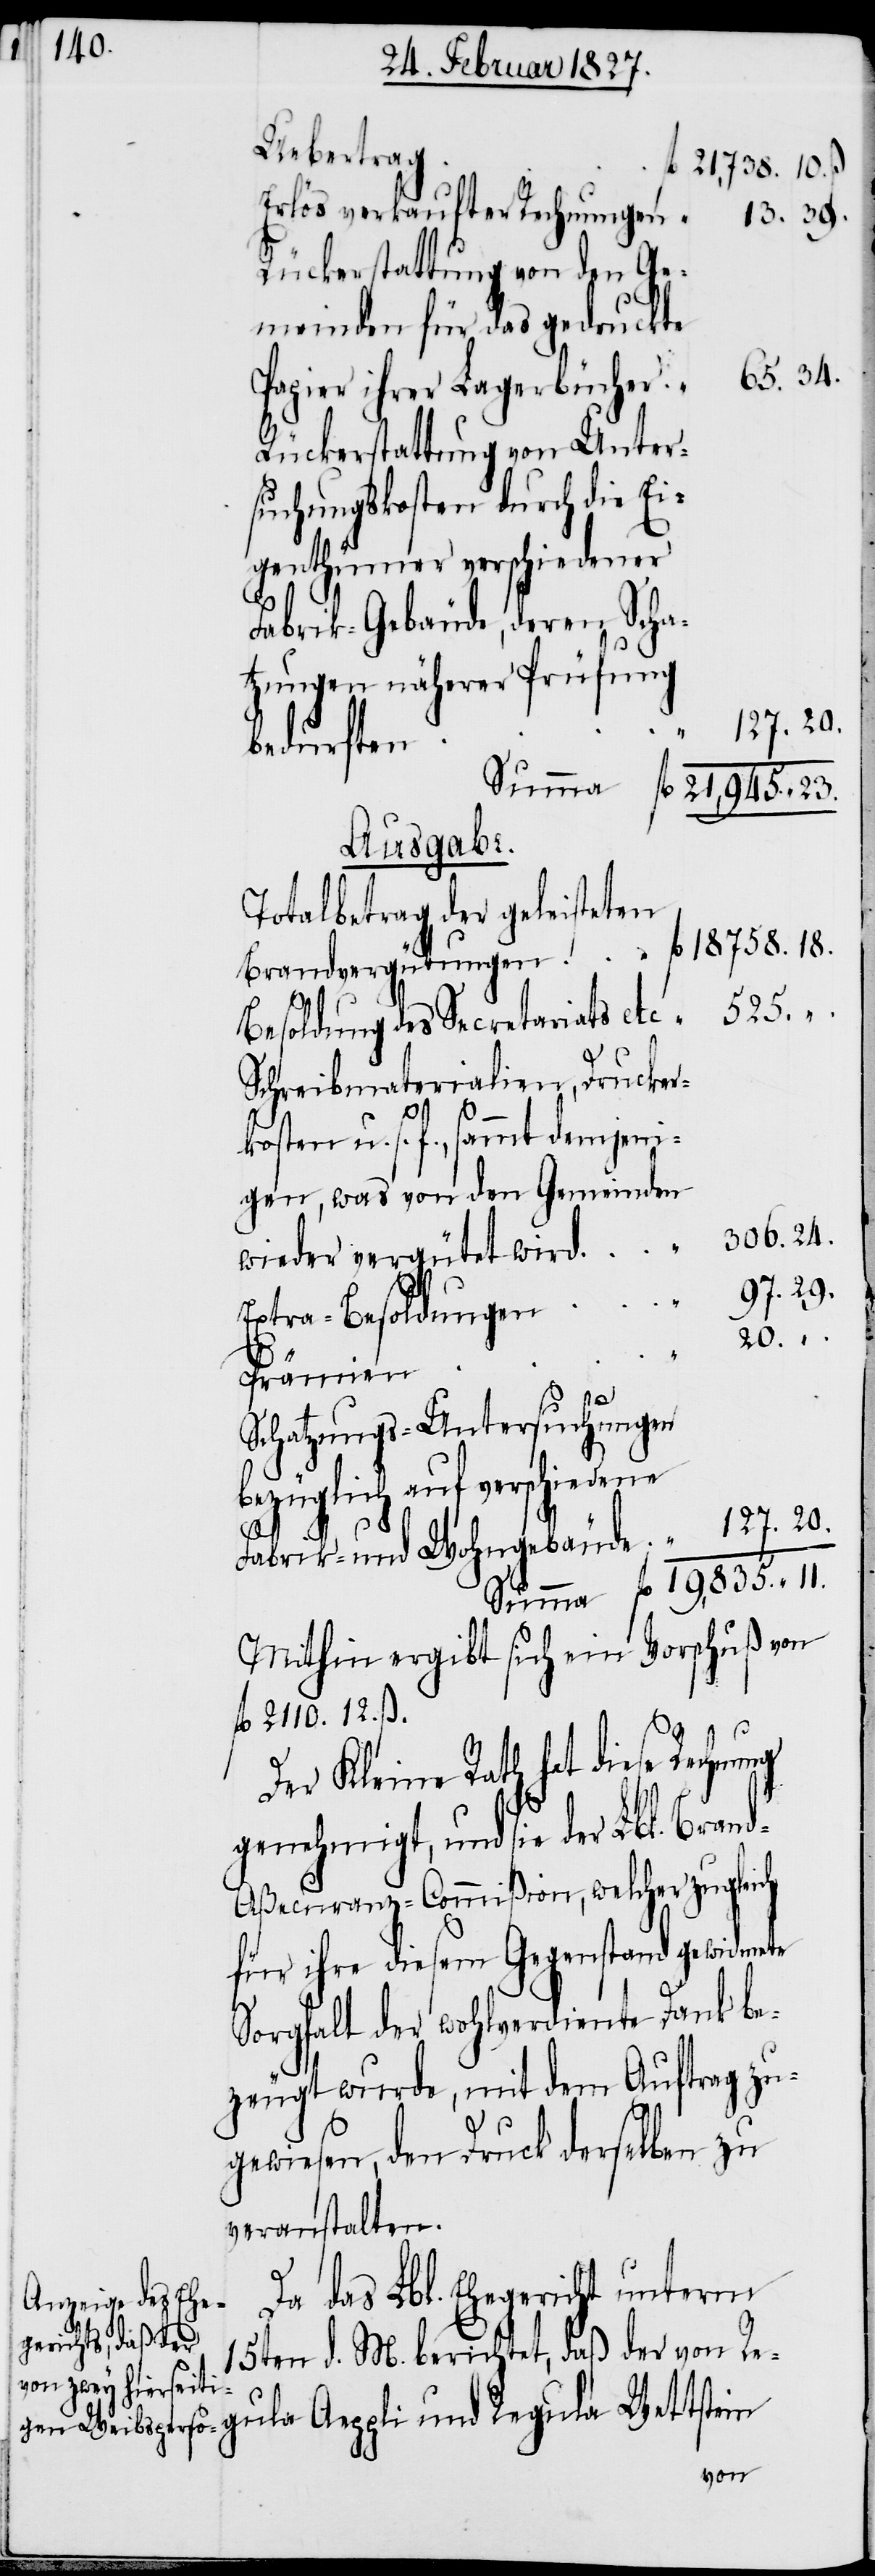
Rückerstattung von den Ge¬
meinden für das gedruckte
Papier ihrer Lagerbücher.
Rückerstattung von Unter¬
suchungskosten durch die Ei¬
genthümer verschiedener
Fabrik-Gebäude, deren Scha¬
tzungen näherer Prüfung
fl.
bedurften.
Ausgabe.
Totalbetrag der geleisteten
525.
Besoldung des Secretariats et¬
Schreibmaterialien, Drucker¬
65.
kosten u. s. f., sammt demjeni¬
gen, was von den Gemeinden
wieder vergütet wird.
Extra-Besoldungen.
306.
Schatzungs-Untersuchungen
bezüglich auf verschied¬
Fabrik- und Wohngebäude.
Mithin ergibt sich ein Vorschuß von
fl. 2110. 12. ß.
Der Kleine Rath hat diese Rechnung
genehmigt, und sie der Lbl. Bran¬
d-Aßecuranz-Commißion, welcher zugleich
für ihre diesem Gegenstand gewidmete
Sorgfalt der wohlverdiente Dank be¬
zeugt wurde, mit dem Auftrag zu¬
gewiesen, den Druck derselben zu
veranstalten.
Da das Lbl. Ehegericht unterm
15ten d. M. berichtet, daß der von R¬
egula Aeppli und Regula Wettstein